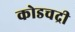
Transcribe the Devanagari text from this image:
कोडचद्री